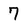
Character: 7